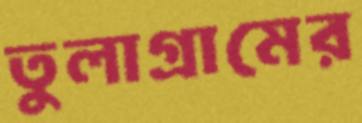
তুলাগ্রামের